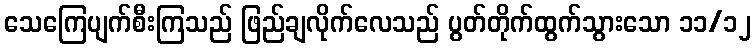
သေကြေပျက်စီးကြသည် ဖြည်ချလိုက်လေသည် ပွတ်တိုက်ထွက်သွားသော ၁၁/၁၂